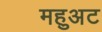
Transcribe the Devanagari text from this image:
महुअट